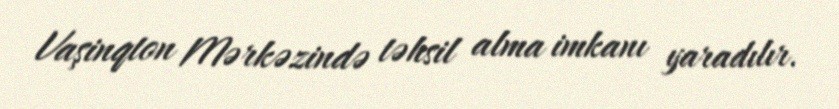
Vaşinqton Mərkəzində təhsil alma imkanı yaradılır.